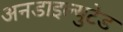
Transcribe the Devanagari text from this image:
अनडाइल्युटेड